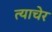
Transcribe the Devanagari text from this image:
त्याचेर